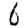
Digit: 6